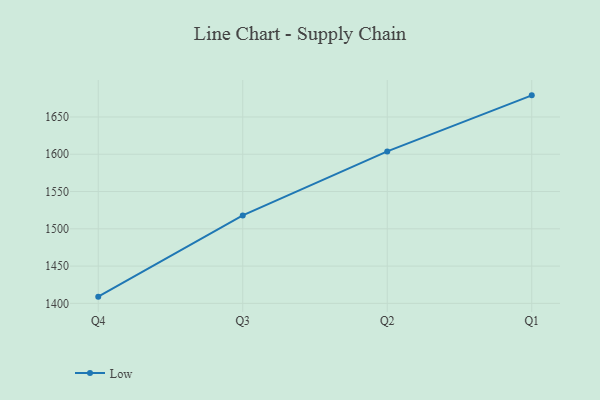
{"axis": {"x": "Quarter", "y": "Shipments"}, "legend": ["Low"], "data": [{"x": "Q4", "y": 1409.0, "type": "Low"}, {"x": "Q3", "y": 1517.9, "type": "Low"}, {"x": "Q2", "y": 1603.8, "type": "Low"}, {"x": "Q1", "y": 1679.0, "type": "Low"}]}